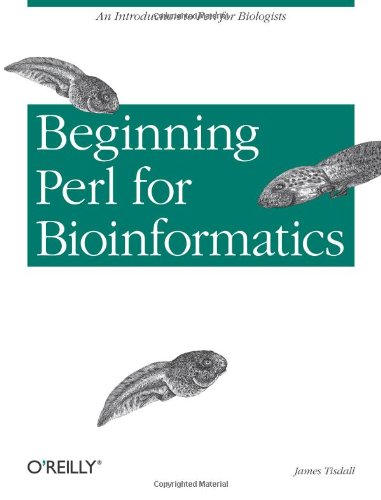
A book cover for Beginning Perl for Bioinformatics; James Tisdall; Computers & Technology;